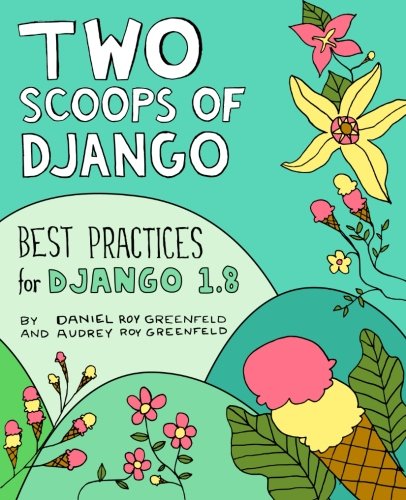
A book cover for Two Scoops of Django: Best Practices for Django 1.8; Daniel Roy Greenfeld; Computers & Technology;